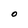
Character: O